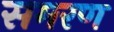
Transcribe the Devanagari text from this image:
समरण